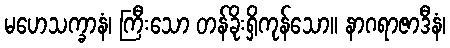
မဟေသက္ခာနံ၊ ကြီးသော တန်ခိုးရှိကုန်သော။ နာဂရာဇာဒီနံ၊